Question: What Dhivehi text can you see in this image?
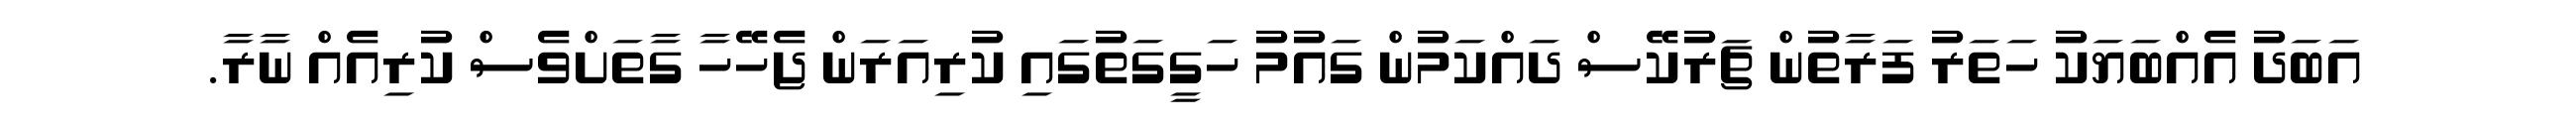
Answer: އަބަދު އެއްބަޔަކު ހަތަރު ފަރާތުން ޗަރުކޭސް ދައްކަމުން ގައުމު ހަގީގަތުގައި ކުރިއަރަން ޖެހޭހާ ގާތަށްވެސް ކުރިއެއް ނާރާ.